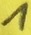
Text: 1